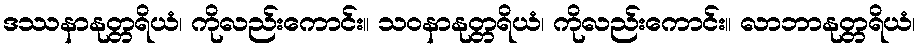
ဒဿနာနုတ္တရိယံ၊ ကိုလည်းကောင်း။ သဝနာနုတ္တရိယံ၊ ကိုလည်းကောင်း။ လာဘာနုတ္တရိယံ၊